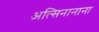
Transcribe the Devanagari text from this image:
अत्सिनानाना